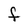
Character: F